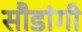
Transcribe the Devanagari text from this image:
सौडांगी